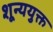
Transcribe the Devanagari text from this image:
शून्ययुक्त